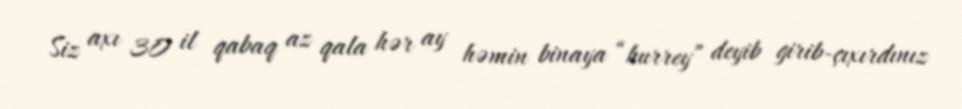
Siz axı 30 il qabaq az qala hər ay həmin binaya “hurrey” deyib girib-çıxırdınız